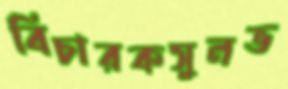
বিচারকসুলভ